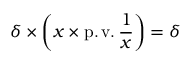
\delta \times \left( x \times \operatorname { p . v . } { \frac { 1 } { x } } \right) = \delta